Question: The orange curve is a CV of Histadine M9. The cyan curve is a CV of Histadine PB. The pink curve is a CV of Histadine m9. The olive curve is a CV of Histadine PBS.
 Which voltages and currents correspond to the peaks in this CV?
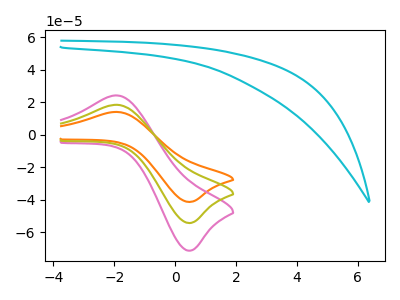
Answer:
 <answer>The orange curve "Histadine M9" has an anodic peak at (-1.85V, 13.95uA) and a cathodic peak at (0.40V, -41.35uA). The cyan curve "Histadine PB" has no peaks. The pink curve "Histadine m9" has an anodic peak at (-1.85V, 36.60uA) and a cathodic peak at (0.40V, -108.65uA). The olive curve "Histadine PBS" has an anodic peak at (-1.85V, 18.30uA) and a cathodic peak at (0.40V, -54.30uA).</answer>
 <eval></eval>